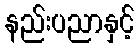
နည်းပညာနှင့်